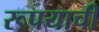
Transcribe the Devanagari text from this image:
रूपयाची